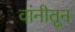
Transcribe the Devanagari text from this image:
वांनीतून